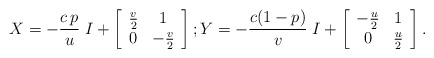
\begin{align*}X = - {c\,p\over u}\; I + \left[\begin{array}{cc}{v\over2} & 1\\ 0 & -{v\over2}\end{array}\right]; Y = - {c(1-p)\over v}\; I +\left[\begin{array}{cc}-{u\over2} & 1\\ 0 & {u\over2}\end{array}\right].\end{align*}